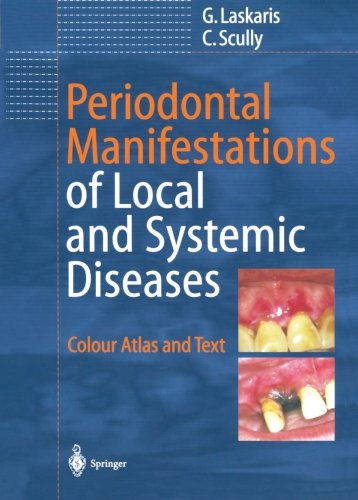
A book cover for Periodontal Manifestations of Local and Systemic Diseases: Colour Atlas and Text; George Laskaris; Medical Books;